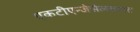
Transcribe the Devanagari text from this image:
एकटीएन्जेसेलसाफ्ट